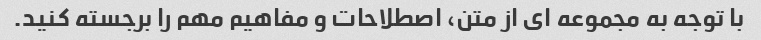
با توجه به مجموعه ای از متن، اصطلاحات و مفاهیم مهم را برجسته کنید.